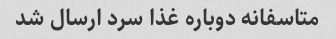
متاسفانه دوباره غذا سرد ارسال شد